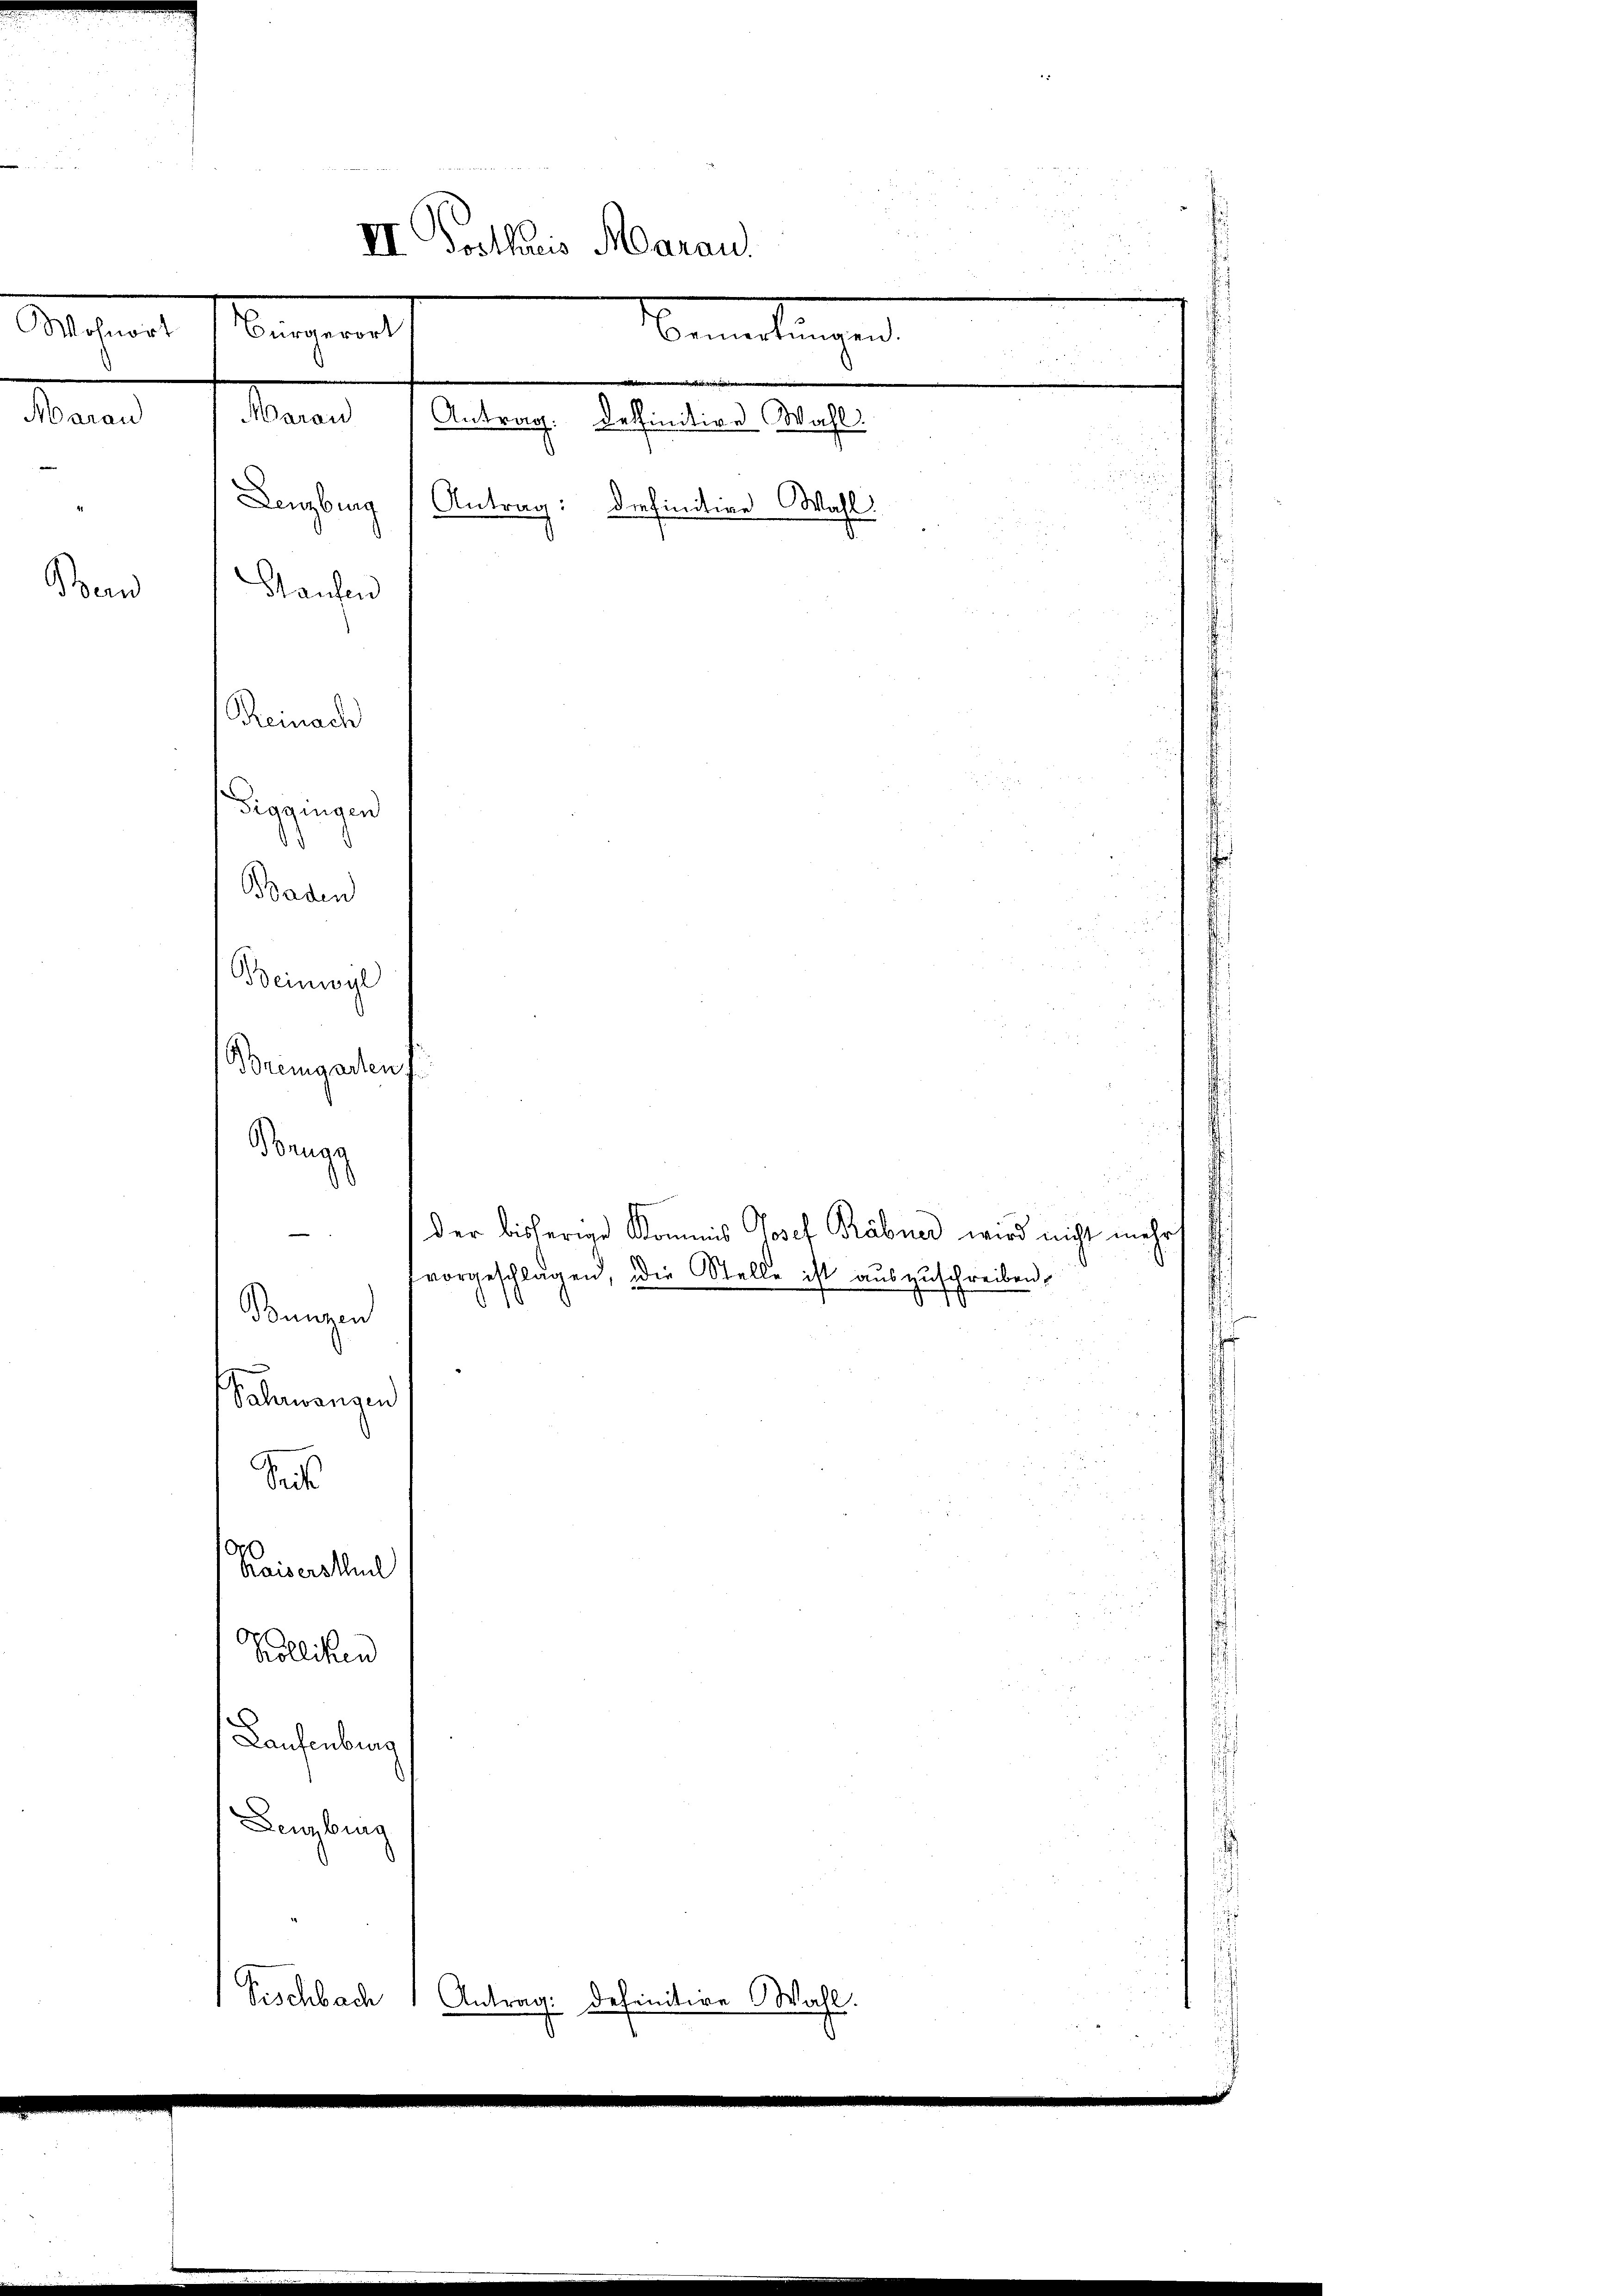
Wohnort

II Postleis Aarau.
Bürgerort
Bemandlungen

Marau Aarau Antrag: deffinitive Wahl.
Lenzburg Antrag:
diefinitive Wahl
Standen
Reinach
Gragingen
d
Baden
Beinwyl
Bremgarten f

Ben

Brugg
Sas
Kaisers theil
Kolliken
Laufenburg
Lenzburg
Tischbach 1 Antrag: definitive Wahl.

Bunzen
Schwangen

der bisherige Kommis Josef Räbner wird nicht mehr
vorgeschlagen, die Stelle ist auszuschreiben,